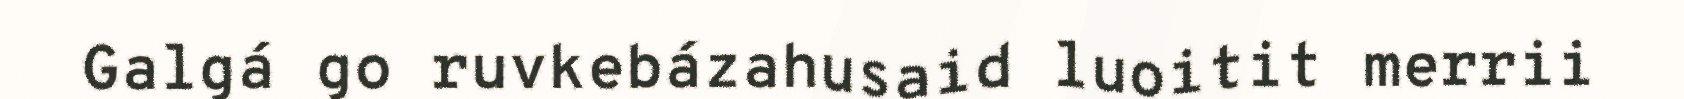
Galgá go ruvkebázahusaid luoitit merrii